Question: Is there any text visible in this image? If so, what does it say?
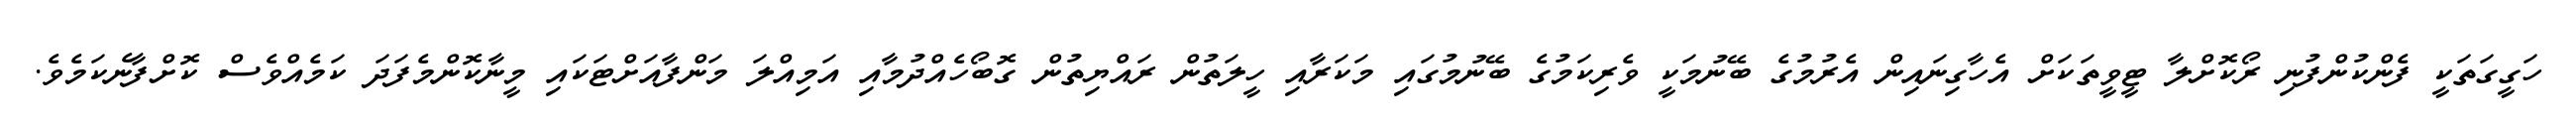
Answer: ހަގީގަތަކީ ފެންކުންފުނި ރޯކޮށްލާ ޓީވީތަކަށް އެހާގިނައިން އެރުމުގެ ބޭނުމަކީ ވެރިކަމުގެ ބޭނުމުގައި މަކަރާއި ހީލަތުން ރައްޔިތުން ގޮބޯހެއްދުމާއި އަމިއްލަ މަންފާއަށްޓަކައި މީނާކޮންމެފަދަ ކަމެއްވެސް ކޮށްފާނެކަމެވެ.